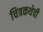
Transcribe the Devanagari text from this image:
चित्रकथेची